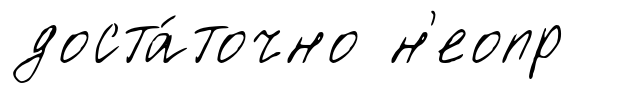
доста́точно н'еопр